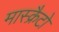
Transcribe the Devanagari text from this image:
मास्क्रैटो